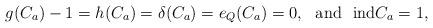
LaTeX: \begin{align*} &g(C_a)-1=h(C_a) =\delta(C_a)=e_Q(C_a)=0, \ \ \mbox{and} \ \ {\rm ind }C_a=1, \\\end{align*}